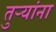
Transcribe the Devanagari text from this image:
तुऱ्यांना